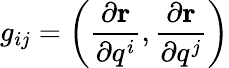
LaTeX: \displaystyle g_{ij}=\left({\frac{\partial\mathbf{r}}{\partial q^{i}}},{\frac{\partial\mathbf{r}}{\partial q^{j}}}\right)